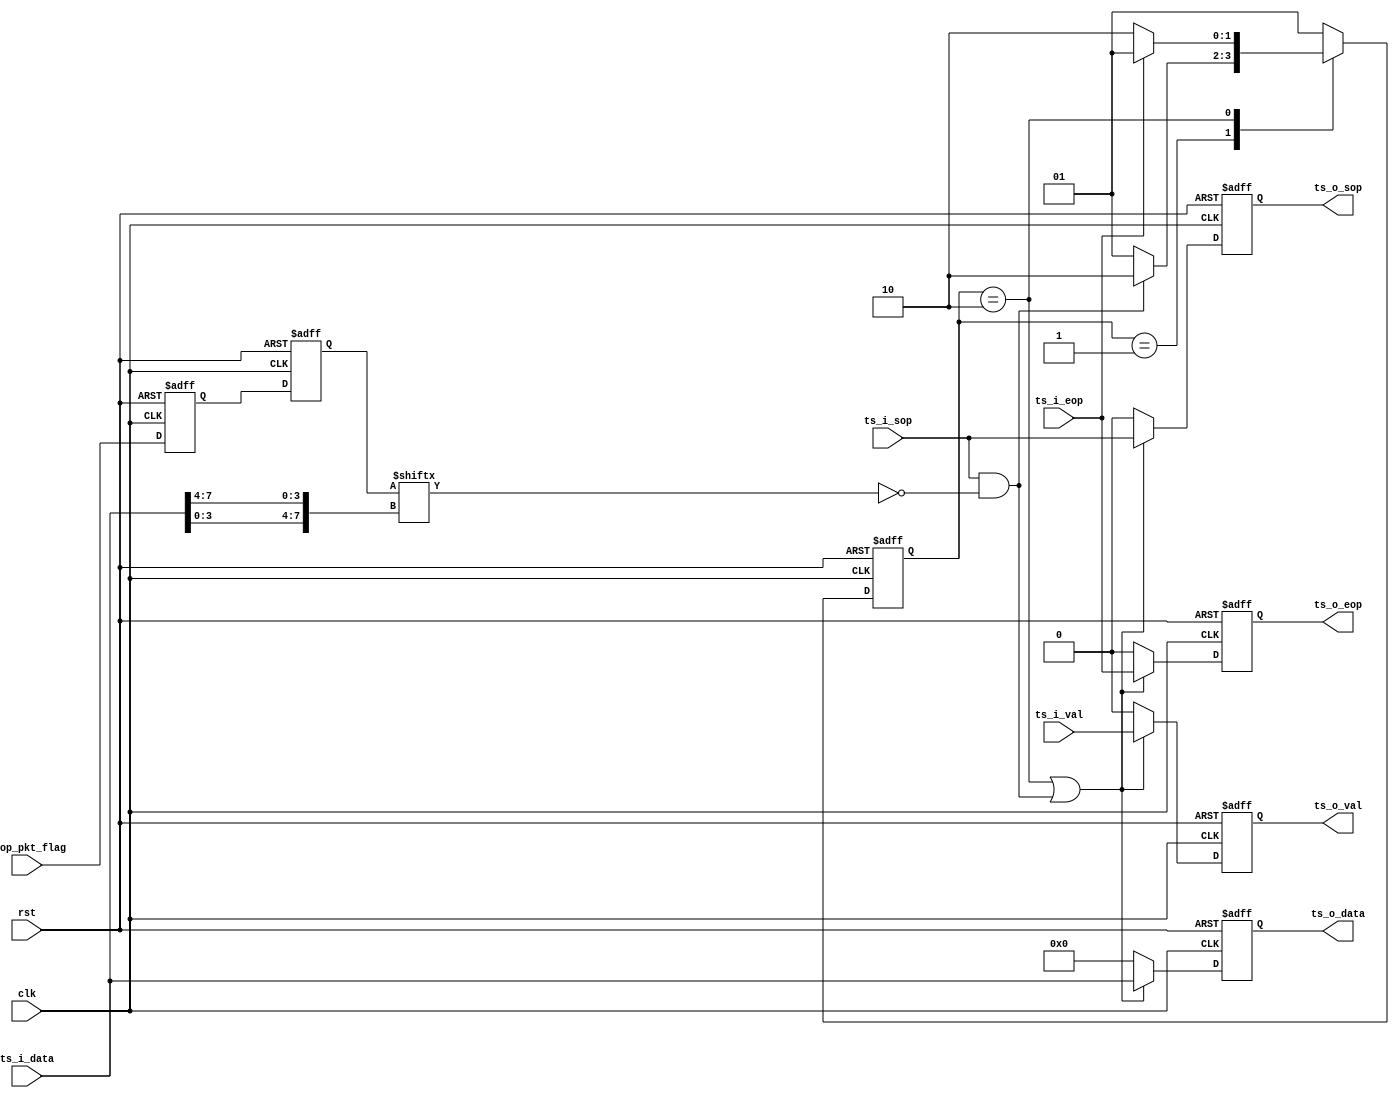
/*************************************************************************************\
    Copyright(c) 2013, China Digital TV Holding Co., Ltd,All right reserved
    Department   :  Creative Center,R&D Hardware Department
    Filename     :  pkt_filter.v
    Author       :  huangrui/1480
    ==================================================================================
    Description  :
    
    ==================================================================================
    Modification History:
    Date        By                  Rev.        Prj.        Change Description
    ----------------------------------------------------------------------------------
    2013-07-03  huangrui/1480       1.0         IPQAM       Create
    2013-08-16  huangrui/1480       1.1         IPQAM       
    ==================================================================================
    Called by    :  pkt_filter.v
    File tree    :  pkt_filter.v                        
\************************************************************************************/

`timescale 1ns/100ps

module pkt_filter(
    clk                         ,
    rst                         ,    
    ts_i_data                   ,
    ts_i_val                    ,
    ts_i_sop                    ,
    ts_i_eop                    ,
    drop_pkt_flag               ,
    ts_o_data                   ,
    ts_o_val                    ,
    ts_o_sop                    ,
    ts_o_eop 
    );

parameter   U_DLY                       = 1                         ;
parameter   PROG_BIT_WIDTH              = 9                         ;
parameter   TOTAL_PROG_NUM              = 2 ** PROG_BIT_WIDTH       ;
parameter   CHNNUM_BIT_WIDTH            = 4                         ;
parameter   PROG_PER_CHAN_BITWIDTH      = 4                         ;

parameter   ST_WIDTH                    = 2                         ;
parameter   ST_IDLE                     = 2'b01                     ,
            ST_NOT_DROP                 = 2'b10                     ;    

input                                   clk                         ;
input                                   rst                         ;
input   [31:0]                          ts_i_data                   ;
input                                   ts_i_val                    ;
input                                   ts_i_sop                    ;
input                                   ts_i_eop                    ;
input   [TOTAL_PROG_NUM - 1 : 0]        drop_pkt_flag               ;
output  [31:0]                          ts_o_data                   ;
output                                  ts_o_val                    ;
output                                  ts_o_sop                    ;
output                                  ts_o_eop                    ;

wire    [PROG_BIT_WIDTH - 1 : 0]        channel_num                 ;
reg     [ST_WIDTH - 1 : 0]              st_curr                     ;
reg     [ST_WIDTH - 1 : 0]              st_next                     ;
reg                                     ts_o_val                    ;
reg                                     ts_o_sop                    ;
reg                                     ts_o_eop                    ;
reg     [31:0]                          ts_o_data                   ;
reg     [TOTAL_PROG_NUM - 1 : 0]        drop_pkt_flag_1dly          ;
reg     [TOTAL_PROG_NUM - 1 : 0]        drop_pkt_flag_2dly          ;

assign  channel_num =   {ts_i_data[CHNNUM_BIT_WIDTH - 1 : 0],ts_i_data[PROG_PER_CHAN_BITWIDTH + 3 : 4]};

always@(posedge clk or posedge rst)
begin
    if(rst==1'b1)
    begin
        drop_pkt_flag_1dly  <=  {TOTAL_PROG_NUM{1'b0}};
        drop_pkt_flag_2dly  <=  {TOTAL_PROG_NUM{1'b0}};
    end
    else
    begin
        drop_pkt_flag_1dly  <=  drop_pkt_flag;
        drop_pkt_flag_2dly  <=  drop_pkt_flag_1dly;
    end
end

always@(posedge clk or posedge rst)
begin
    if(rst==1'b1)
    begin
        st_curr <=  ST_IDLE;
    end
    else
    begin
        st_curr <=  st_next;
    end
end

always@*
begin
    case(st_curr)
    ST_IDLE:
    begin
        if((ts_i_sop==1'b1) && (drop_pkt_flag_2dly[channel_num]==1'b0))
        begin
            st_next =   ST_NOT_DROP;
        end
        else
        begin
            st_next =   ST_IDLE;
        end
    end
    ST_NOT_DROP:
    begin
        if(ts_i_eop==1'b1)
        begin
            st_next =   ST_IDLE;
        end
        else
        begin
            st_next =   ST_NOT_DROP;
        end
    end
    default:
    begin
        st_next =   ST_IDLE;
    end
    endcase
end
    
always@(posedge clk or posedge rst)
begin
    if(rst==1'b1)
    begin
        ts_o_val    <=  1'b0;
        ts_o_sop    <=  1'b0;
        ts_o_eop    <=  1'b0;
        ts_o_data   <=  {32{1'b0}};
    end
    else if((st_curr==ST_NOT_DROP) ||
            ((ts_i_sop==1'b1) && (drop_pkt_flag_2dly[channel_num]==1'b0)))
    begin
        ts_o_val    <=  ts_i_val;
        ts_o_sop    <=  ts_i_sop;
        ts_o_eop    <=  ts_i_eop;
        ts_o_data   <=  ts_i_data;
    end
    else
    begin
        ts_o_val    <=  1'b0;
        ts_o_sop    <=  1'b0;
        ts_o_eop    <=  1'b0;
        ts_o_data   <=  {32{1'b0}};
    end
end

endmodule